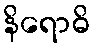
နိရောဓိ